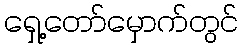
ရှေ့တော်မှောက်တွင်